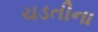
ચડતીના